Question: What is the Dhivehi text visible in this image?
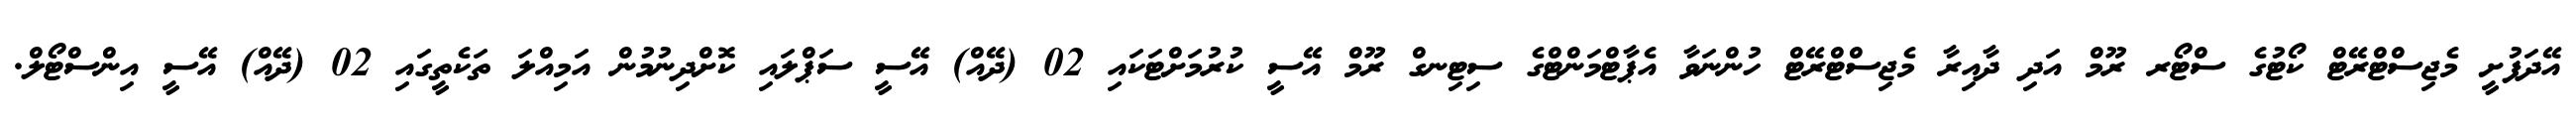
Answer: އޭދަފުށީ މެޖިސްޓްރޭޓް ކޯޓުގެ ސްޓޯރ ރޫމް އަދި ދާއިރާ މެޖިސްޓްރޭޓް ހުންނަވާ އެޕާޓްމަންޓްގެ ސިޓިނގް ރޫމް އޭސީ ކުރުމަށްޓަކައި 02 (ދޭއް) އޭސީ ސަޕްލައި ކޮށްދިނުމުން އަމިއްލަ ތަކެތީގައި 02 (ދޭއް) އޭސީ އިންސްޓޯލް.